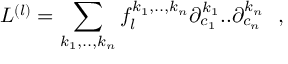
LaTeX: L ^ { ( l ) } = \sum _ { k _ { 1 } , . . , k _ { n } } f _ { l } ^ { k _ { 1 } , . . , k _ { n } } \partial _ { c _ { 1 } } ^ { k _ { 1 } } . . \partial _ { c _ { n } } ^ { k _ { n } } ~ ~ ,